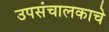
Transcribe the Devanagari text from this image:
उपसंचालकाचे